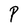
Character: P